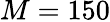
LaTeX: M=150